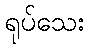
ရုပ်သေး